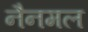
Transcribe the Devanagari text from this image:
नैनमल